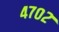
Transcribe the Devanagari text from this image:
४७०२